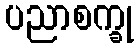
ပညာစက္ခု